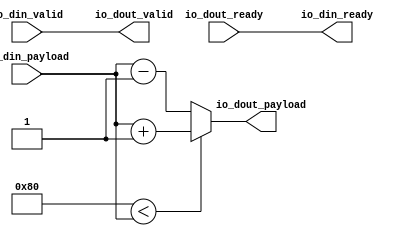
// Generator : SpinalHDL v1.7.2    git head : 08fc866bebdc40c471ebe327bface63e34406489
// Component : Stream_2
// Git hash  : 23d564a3e9d4d768c2cb1641ec7dc2becc0d2602

`timescale 1ns/1ps

module Stream_2 (
  input               io_din_valid,
  output              io_din_ready,
  input      [7:0]    io_din_payload,
  output              io_dout_valid,
  input               io_dout_ready,
  output     [7:0]    io_dout_payload
);

  wire       [7:0]    _zz_tmp;
  wire       [7:0]    _zz_tmp_1;
  wire       [7:0]    tmp;
  wire                io_din_translated_valid;
  wire                io_din_translated_ready;
  wire       [7:0]    io_din_translated_payload;

  assign _zz_tmp = (io_din_payload + 8'h01);
  assign _zz_tmp_1 = (io_din_payload - 8'h01);
  assign tmp = ((8'h80 < io_din_payload) ? _zz_tmp : _zz_tmp_1);
  assign io_din_translated_valid = io_din_valid;
  assign io_din_ready = io_din_translated_ready;
  assign io_din_translated_payload = tmp;
  assign io_dout_valid = io_din_translated_valid;
  assign io_din_translated_ready = io_dout_ready;
  assign io_dout_payload = io_din_translated_payload;

endmodule